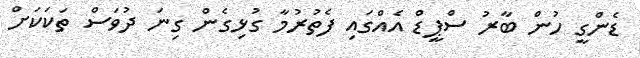
ޑެންގީ ހުން ބާރު ސްޕީޑް އެއްގައި ފެތުރުމާ ގުޅިގެން ގިނަ ދުވަސް ތަކަކަށް